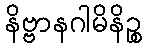
နိဗ္ဗာနဂါမိနိဉ္စ